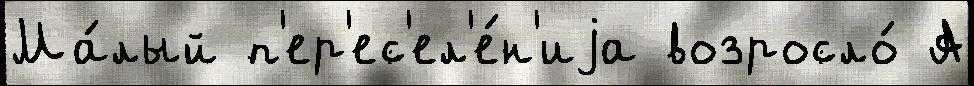
Ма́лый п'ер'ес'ел'е́н'иjа возросло́ А